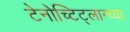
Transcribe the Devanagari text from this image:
टेनोच्टिट्लान्च्या